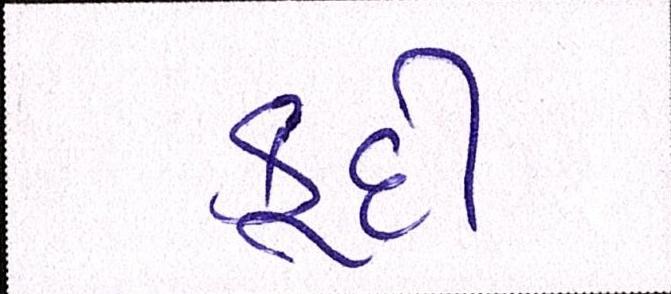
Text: કૂદી